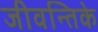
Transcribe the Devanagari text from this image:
जीवन्तिके